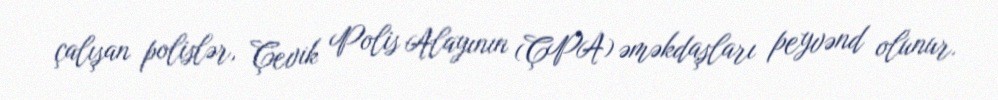
çalışan polislər, Çevik Polis Alayının (ÇPA) əməkdaşları peyvənd olunur.